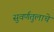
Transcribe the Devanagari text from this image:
सुवर्णतुलाचे